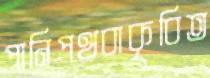
পানিপথবাকৃবিত